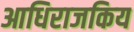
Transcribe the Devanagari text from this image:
आधिराजकिय